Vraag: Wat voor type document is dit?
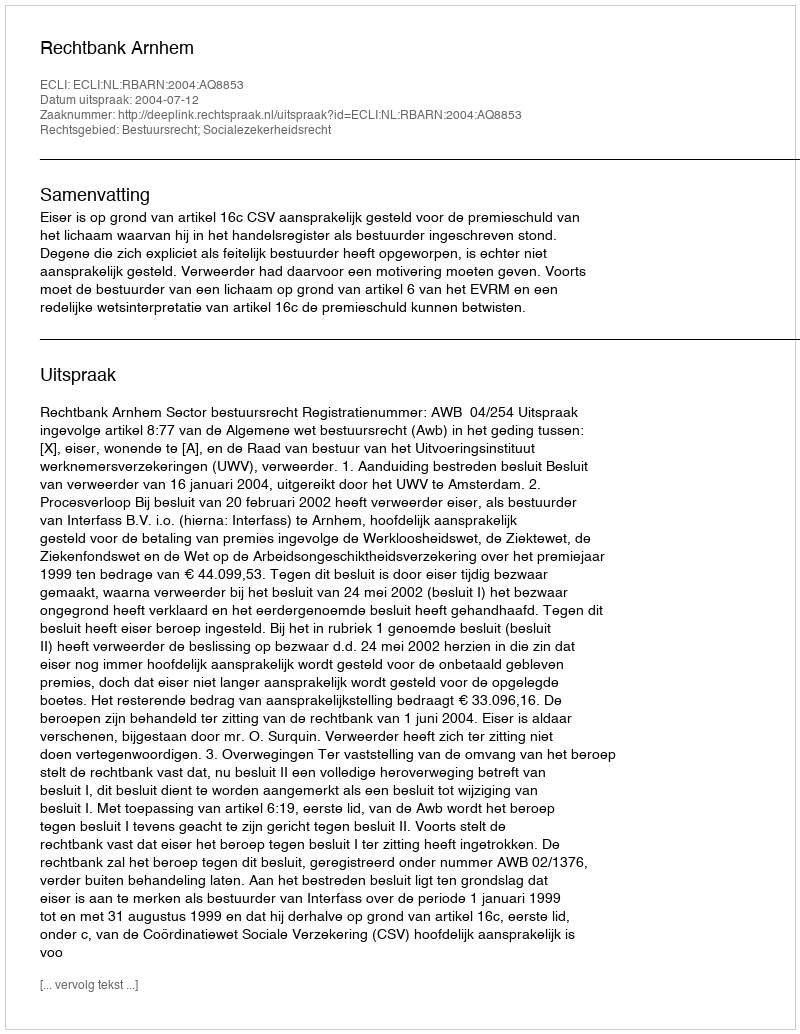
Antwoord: Uitspraak